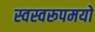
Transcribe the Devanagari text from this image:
स्वस्वरूपमयो